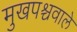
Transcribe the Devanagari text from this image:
मुखपश्चवाले